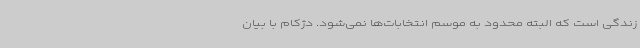
زندگی است که البته محدود به موسم انتخابات‌ها نمی‌شود. دژکام با بیان